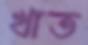
খাত